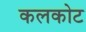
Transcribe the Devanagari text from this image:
कलकोट